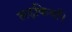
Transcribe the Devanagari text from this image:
लड़कियाँ।